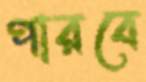
পারবে